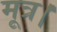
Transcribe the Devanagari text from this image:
मूत्र।